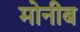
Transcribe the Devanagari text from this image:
मोनीब